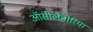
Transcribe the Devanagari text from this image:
ऑसीलैटोरिया